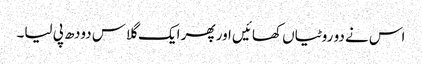
اس نے دو روٹیاں کھائیں اور پھر ایک گلاس دودھ پی لیا۔